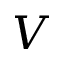
V